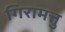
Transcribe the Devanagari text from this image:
गिरामत्तु